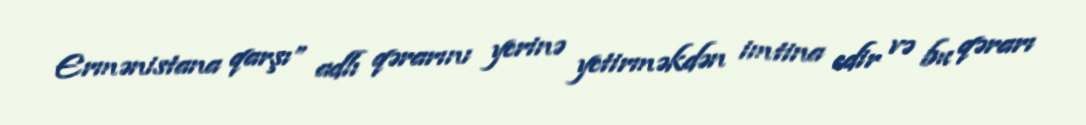
Ermənistana qarşı” adlı qərarını yerinə yetirməkdən imtina edir və bu qərarı